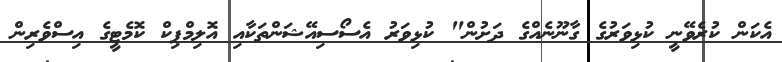
އެކަން ކުރެވޭނީ ކުޅިވަރުގެ ގާނޫނެއްގެ ދަށުން" ކުޅިވަރު އެސޯސިއޭޝަންތަކާއި އޮލިމްޕިކް ކޮމެޓީގެ އިސްވެރިން